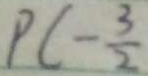
P C - \frac { 3 } { 2 }